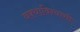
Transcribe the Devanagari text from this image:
वक्याविन्यासी